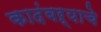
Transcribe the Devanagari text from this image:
कादंबऱ्याचे